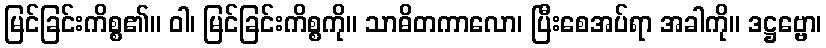
မြင်ခြင်းကိစ္စ၏။ ဝါ၊ မြင်ခြင်းကိစ္စကို။ သာဓိတကာလော၊ ပြီးစေအပ်ရာ အခါကို။ ဒဋ္ဌဗ္ဗော၊